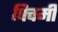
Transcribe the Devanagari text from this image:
पिचमी